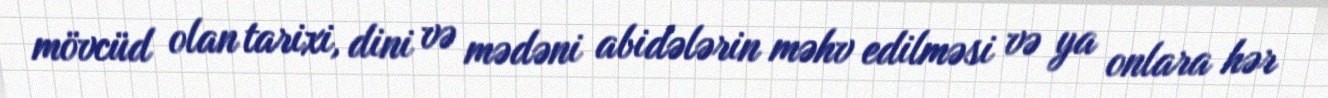
mövcüd olan tarixi, dini və mədəni abidələrin məhv edilməsi və ya onlara hər